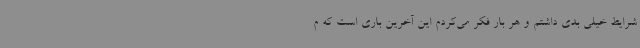
شرایط خیلی بدی داشتم و هر بار فکر می‌کردم این آخرین باری است که م